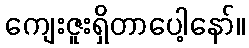
ကျေးဇူးရှိတာပေါ့နော်။